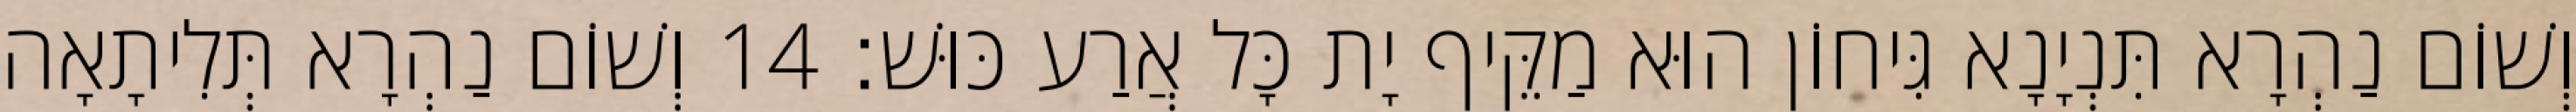
וְשׁוֹם נַהְרָא תִּנְיָנָא גִּיחוֹן הוּא מַקֵּיף יָת כָּל אֲרַע כּוּשׁ׃ 14 וְשׁוֹם נַהְרָא תְּלִיתָאָה